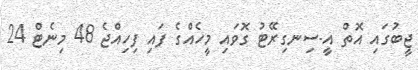
ޖީބުގައި އޮތް އީ-ސިނގިރޭޓު ގޮވައި މީހެއްގެ ފައި ފިހިއްޖެ 48 މިނެޓް 24